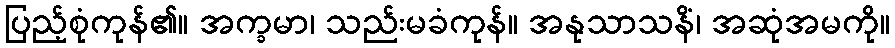
ပြည့်စုံကုန်၏။ အက္ခမာ၊ သည်းမခံကုန်။ အနုသာသနိံ၊ အဆုံအမကို။